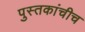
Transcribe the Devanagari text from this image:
पुस्तकांचीच